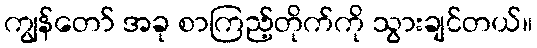
ကျွန်တော် အခု စာကြည့်တိုက်ကို သွားချင်တယ်။